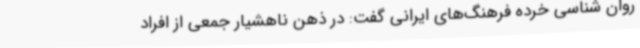
روان شناسی خرده فرهنگ‌های ایرانی گفت: در ذهن ناهشیار جمعی از افراد